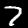
Label: 7